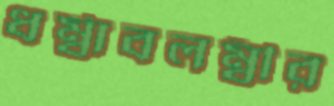
ধর্ম্বাবলম্বীর